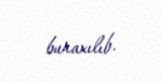
buraxılıb.